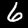
Label: 6